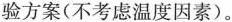
验方案(不考虑温度因素)。